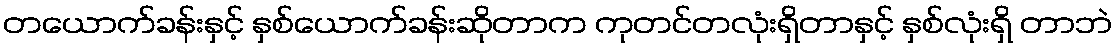
တယောက်ခန်းနှင့် နှစ်ယောက်ခန်းဆိုတာက ကုတင်တလုံးရှိတာနှင့် နှစ်လုံးရှိ တာဘဲ